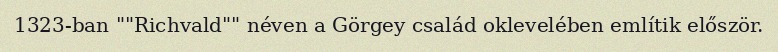
1323-ban ""Richvald"" néven a Görgey család oklevelében említik először.